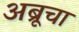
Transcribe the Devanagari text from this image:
अब्रूचा